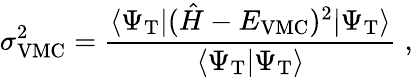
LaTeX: \sigma_{\mathrm{VMC}}^{2}=\frac{\langle\Psi_{\mathrm{T}}|(\hat{H}-E_{\mathrm{VMC}})^{2}|\Psi_{\mathrm{T}}\rangle}{\langle\Psi_{\mathrm{T}}|\Psi_{\mathrm{T}}\rangle}\; ,